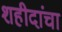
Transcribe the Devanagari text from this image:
शहीदांचा